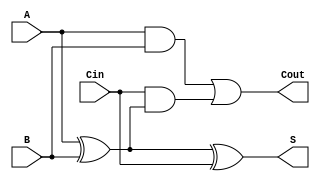
module FullAdder (
    input wire A,        // Input bit A
    input wire B,        // Input bit B
    input wire Cin,      // Carry input
    output wire S,       // Sum output
    output wire Cout     // Carry output
);

    // Calculate the sum output
    assign S = A ^ B ^ Cin;

    // Calculate the carry output
    assign Cout = (A & B) | (Cin & (A ^ B));

endmodule